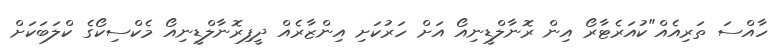
ހާއްސަ ތަރިއެއް"ކުއަރެޓާރޯ އިން ރޮނާލްޑީނިއޯ އަށް ހަރުކަށި އިންޒާރެއް ދީފިރޮނާލްޑީނިއޯ މެކްސިކޯގެ ކްލަބަކަށް